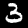
Label: 3